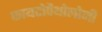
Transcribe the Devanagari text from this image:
फायटोपैथोलोजी